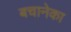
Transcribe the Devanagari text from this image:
बचानेका